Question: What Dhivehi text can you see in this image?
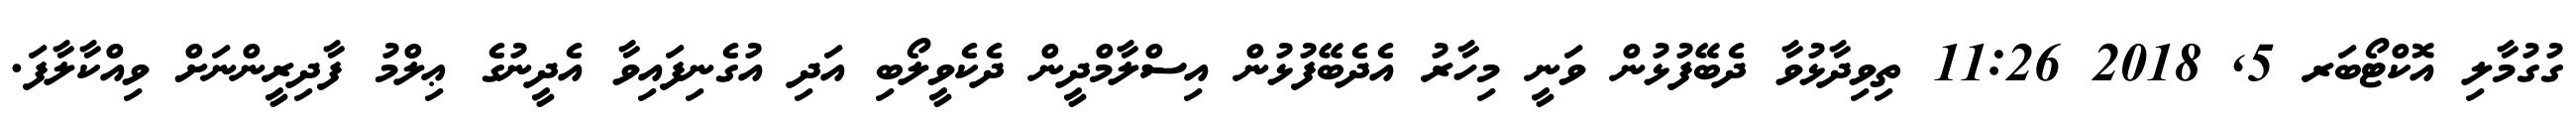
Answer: ގުގުމާލި އޮކްޓޯބަރ 5, 2018 11:26 ތިވިދާޅުވާ ދެބޭފުޅުން ވަނީ މިހާރު އެދެބޭފުޅުން އިސްލާމްދީން ދެކެވީލޯބި އަދި އުގެނިފައިވާ އެދީނުގެ ޢިލްމު ފާދިރީންނަށް ވިއްކާލާފަ.